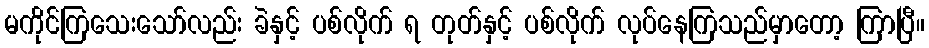
မကိုင်ကြသေးသော်လည်း ခဲနှင့် ပစ်လိုက် ရ တုတ်နှင့် ပစ်လိုက် လုပ်နေကြသည်မှာတော့ ကြာပြီ။